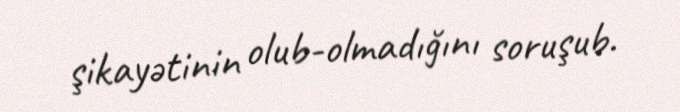
şikayətinin olub-olmadığını soruşub.